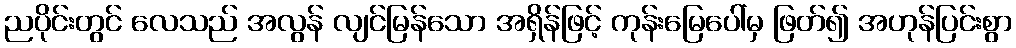
ညပိုင်းတွင် လေသည် အလွန် လျင်မြန်သော အရှိန်ဖြင့် ကုန်းမြေပေါ်မှ ဖြတ်၍ အဟုန်ပြင်းစွာ